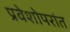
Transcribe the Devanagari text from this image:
प्रवेशोपरांत